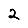
Digit: 2